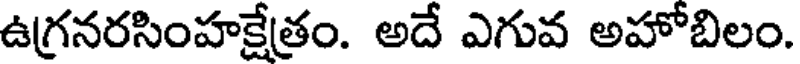
ఉగ్రనరసింహక్షేత్రం. అదే ఎగువ అహోబిలం.